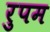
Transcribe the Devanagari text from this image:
रुपम